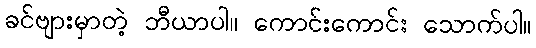
ခင်ဗျားမှာတဲ့ ဘီယာပါ။ ကောင်းကောင်း သောက်ပါ။